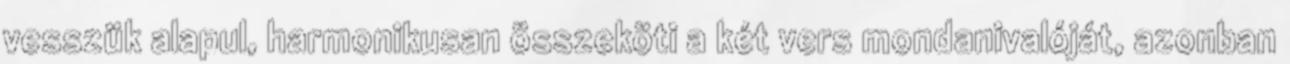
vesszük alapul, harmonikusan összeköti a két vers mondanivalóját, azonban